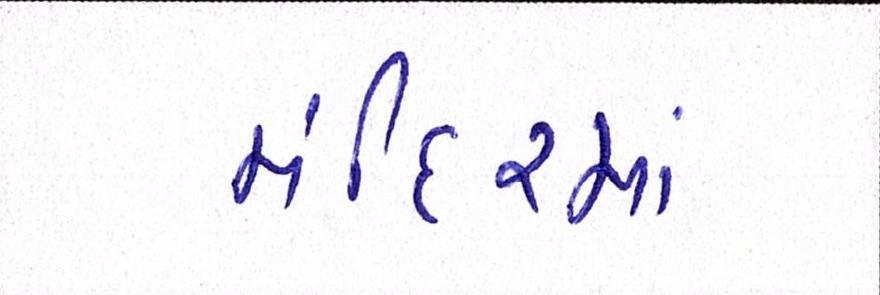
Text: મંદિરમાં